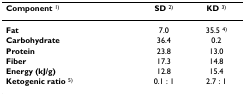
| Component 1) | SD 2) | KD 3) |
 | --- | --- | --- |
 | Fat | 7.0 | 35.5 4) |
 | Carbohydrate | 36.4 | 0.2 |
 | Protein | 23.8 | 13.0 |
 | Fiber | 17.3 | 14.8 |
 | Energy (kJ/g) | 12.8 | 15.4 |
 | Ketogenic ratio 5) | 0.1 : 1 | 2.7 : 1 |